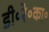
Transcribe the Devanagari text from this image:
डी॰रे॰का॰